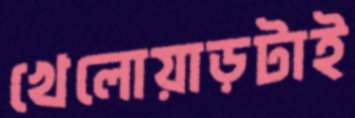
খেলোয়াড়টাই